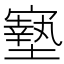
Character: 𡫓